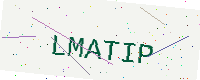
Text: LMATIP